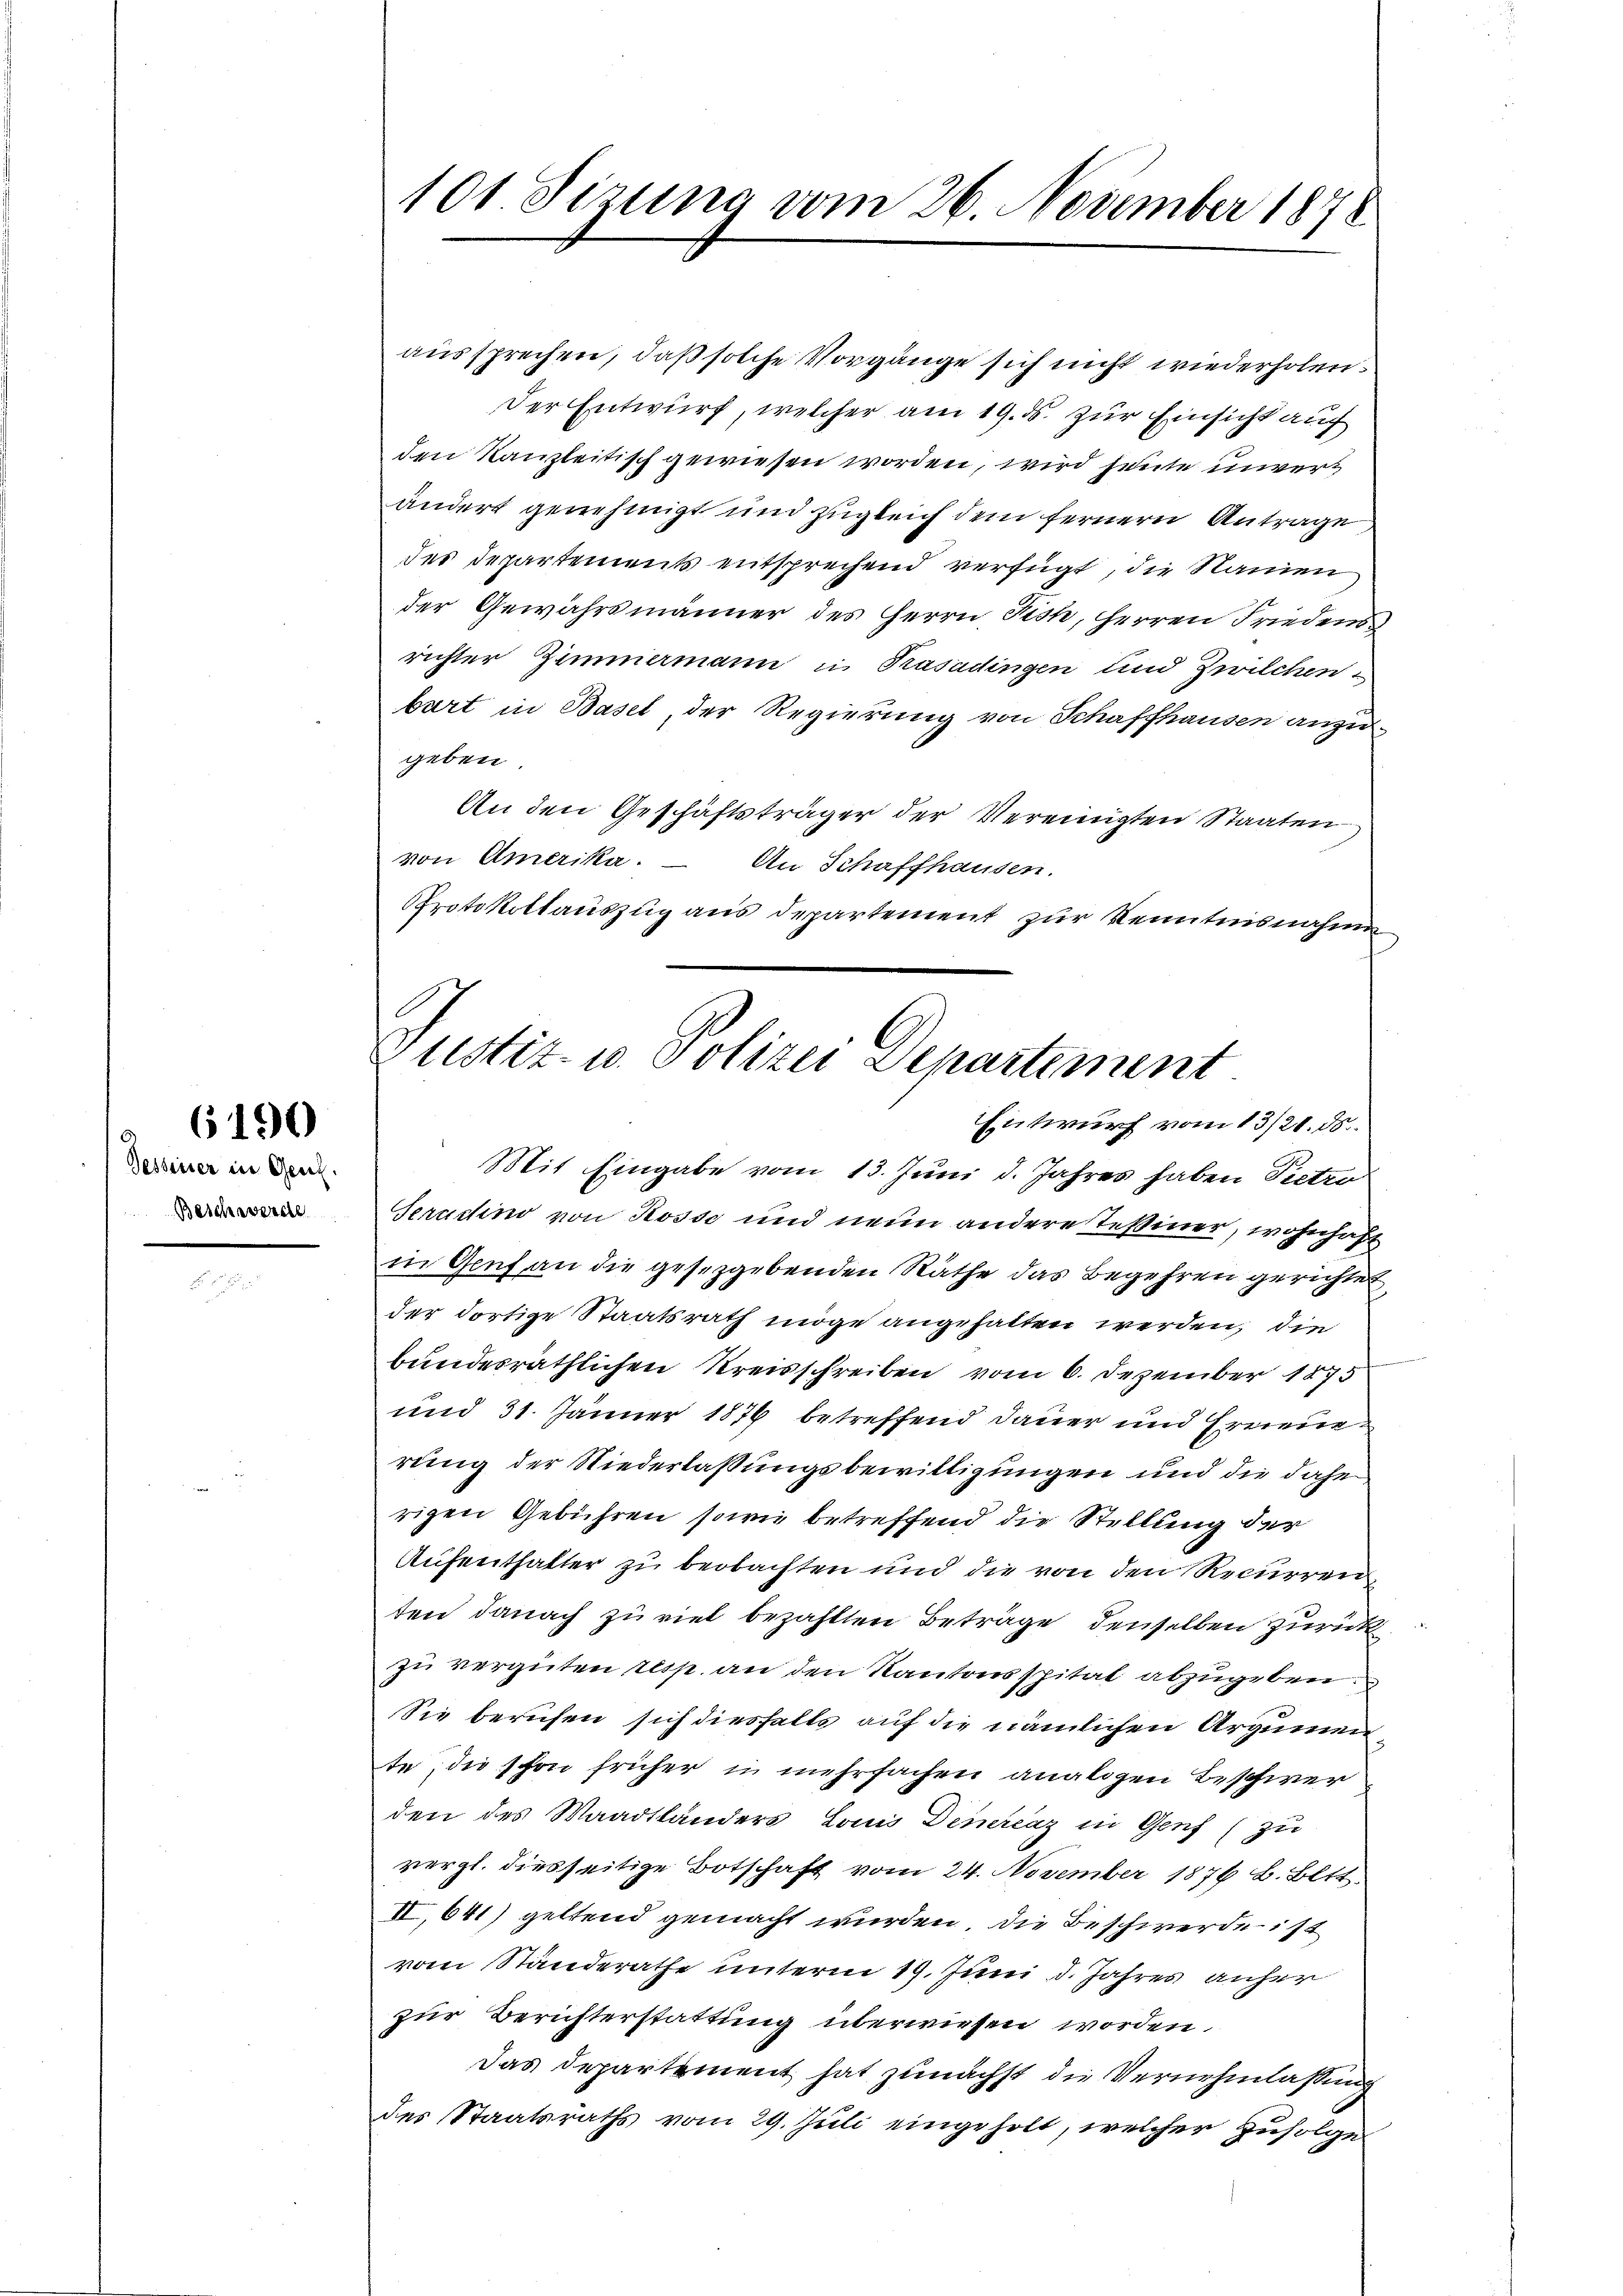
Dessener in Gen.
Beschwerde

6190

aussprechen, daß solche Vorgänge sich nicht wiederholen.
Der Entwurf, welcher am 19. ds. zur Einsicht auf
den Kanzleitisch gewiesen worden, wird heute unvert
ändert genehmigt und zugleich dem fernern Antrage
des Departements entsprechend verfügt, die Namen
der Gewährsmänner des Herrn Fish, Herren Friedens
richter Zimmermann in Trasadingen und Zwilchen,
bart in Basel, der Regierung von Schaffhausen anzugeben.
An den Geschäftsträger der Vereinigten Staaten
von Amerika. – An Schaffhausen.
Protokollauszug aus departement zur Kenntnisnahmen

101 Sizung vom 26. November 1878

Justiz- u. Polizei Departement
Entwurf vom 13/21. ds.

Mit Eingabe vom 13. Juni d. Jahres haben Pietro
Serartino von Rosse und neun andere Teßiner, wohnhaft
in Genf an die gesetzgebenden Räthe das Begehren gerichtet,
der dortige Staatsrath möge angehalten werden, die
bundesräthlichen Kreisschreiben vom 6. Dezember 1875
und 31. Jänner 1876 betreffend Dauer und Erneue
rung der Niederlaßungsbewilligungen und die dahe
rigen Gebühren sowie betreffend die Stellung der
Aufenthalter zu beobachten und die von den Recurren
ten danach zu viel bezahlten Beträge denselben zurück
zu vergüten resp. an den Kantonsspital abzugeben.
Sie berufen sich diesfalls auf die nämlichen Argumente; die schon früher in mehrfachen analogen Beschwer
den des Waadtländers Louis Demercaz in Genf (zu
vergl. diesseitige Botschaft vom 24. November 1876 l. Bett.
II,641) geltend gemacht wurden. Die Beschwerde ist
vom Standerathe unterm 19. Juni d. Jahres anher
zur Berichterstattung überwiesen worden.
Das Departement hat zunächst die Vernehmlassung
des Staatsraths vom 29. Jŭli eingeholt, welcher zufolge